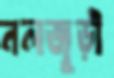
নলজুড়ী